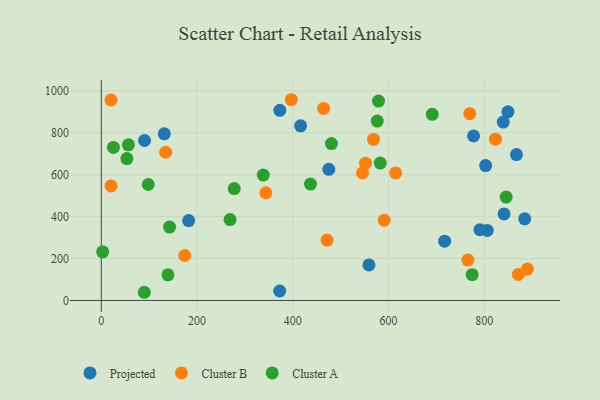
{"axis": {"x": "Study Hours", "y": "Exam Score"}, "legend": ["Cluster A", "Cluster B", "Projected"], "data": [{"x": "90.4", "y": 763.1, "type": "Projected"}, {"x": "867.3", "y": 695.8, "type": "Projected"}, {"x": "884.6", "y": 389.3, "type": "Projected"}, {"x": "717.2", "y": 282.6, "type": "Projected"}, {"x": "475.3", "y": 625.5, "type": "Projected"}, {"x": "849.5", "y": 899.9, "type": "Projected"}, {"x": "372.7", "y": 45.3, "type": "Projected"}, {"x": "777.7", "y": 785.0, "type": "Projected"}, {"x": "841.4", "y": 412.9, "type": "Projected"}, {"x": "806.3", "y": 334.2, "type": "Projected"}, {"x": "131.6", "y": 794.7, "type": "Projected"}, {"x": "790.9", "y": 337.3, "type": "Projected"}, {"x": "373.0", "y": 906.8, "type": "Projected"}, {"x": "416.4", "y": 833.0, "type": "Projected"}, {"x": "559.1", "y": 169.4, "type": "Projected"}, {"x": "182.5", "y": 381.3, "type": "Projected"}, {"x": "802.9", "y": 643.6, "type": "Projected"}, {"x": "839.7", "y": 851.0, "type": "Projected"}, {"x": "823.3", "y": 769.2, "type": "Cluster B"}, {"x": "343.7", "y": 513.7, "type": "Cluster B"}, {"x": "471.7", "y": 288.0, "type": "Cluster B"}, {"x": "464.5", "y": 916.2, "type": "Cluster B"}, {"x": "20.4", "y": 955.7, "type": "Cluster B"}, {"x": "134.5", "y": 707.0, "type": "Cluster B"}, {"x": "591.0", "y": 382.7, "type": "Cluster B"}, {"x": "552.0", "y": 654.9, "type": "Cluster B"}, {"x": "568.7", "y": 768.0, "type": "Cluster B"}, {"x": "765.8", "y": 192.7, "type": "Cluster B"}, {"x": "890.1", "y": 149.9, "type": "Cluster B"}, {"x": "545.7", "y": 608.1, "type": "Cluster B"}, {"x": "20.3", "y": 546.5, "type": "Cluster B"}, {"x": "396.9", "y": 957.5, "type": "Cluster B"}, {"x": "769.8", "y": 890.8, "type": "Cluster B"}, {"x": "871.1", "y": 124.0, "type": "Cluster B"}, {"x": "615.1", "y": 608.2, "type": "Cluster B"}, {"x": "174.3", "y": 214.5, "type": "Cluster B"}, {"x": "277.7", "y": 533.5, "type": "Cluster A"}, {"x": "845.8", "y": 493.0, "type": "Cluster A"}, {"x": "98.1", "y": 553.2, "type": "Cluster A"}, {"x": "579.1", "y": 951.1, "type": "Cluster A"}, {"x": "89.9", "y": 39.1, "type": "Cluster A"}, {"x": "139.3", "y": 122.5, "type": "Cluster A"}, {"x": "56.6", "y": 742.5, "type": "Cluster A"}, {"x": "338.4", "y": 597.9, "type": "Cluster A"}, {"x": "480.8", "y": 748.2, "type": "Cluster A"}, {"x": "25.4", "y": 729.9, "type": "Cluster A"}, {"x": "53.5", "y": 676.7, "type": "Cluster A"}, {"x": "437.0", "y": 555.0, "type": "Cluster A"}, {"x": "582.7", "y": 655.4, "type": "Cluster A"}, {"x": "142.6", "y": 350.0, "type": "Cluster A"}, {"x": "2.8", "y": 232.1, "type": "Cluster A"}, {"x": "691.3", "y": 888.1, "type": "Cluster A"}, {"x": "576.5", "y": 855.8, "type": "Cluster A"}, {"x": "269.0", "y": 385.8, "type": "Cluster A"}, {"x": "774.8", "y": 123.1, "type": "Cluster A"}]}